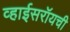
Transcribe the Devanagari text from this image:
व्हाईसरॉयची